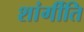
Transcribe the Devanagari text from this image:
शांर्गीति